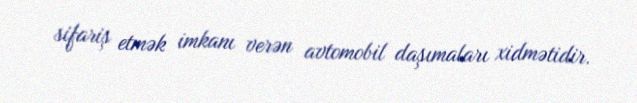
sifariş etmək imkanı verən avtomobil daşımaları xidmətidir.